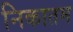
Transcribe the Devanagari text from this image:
निकातम